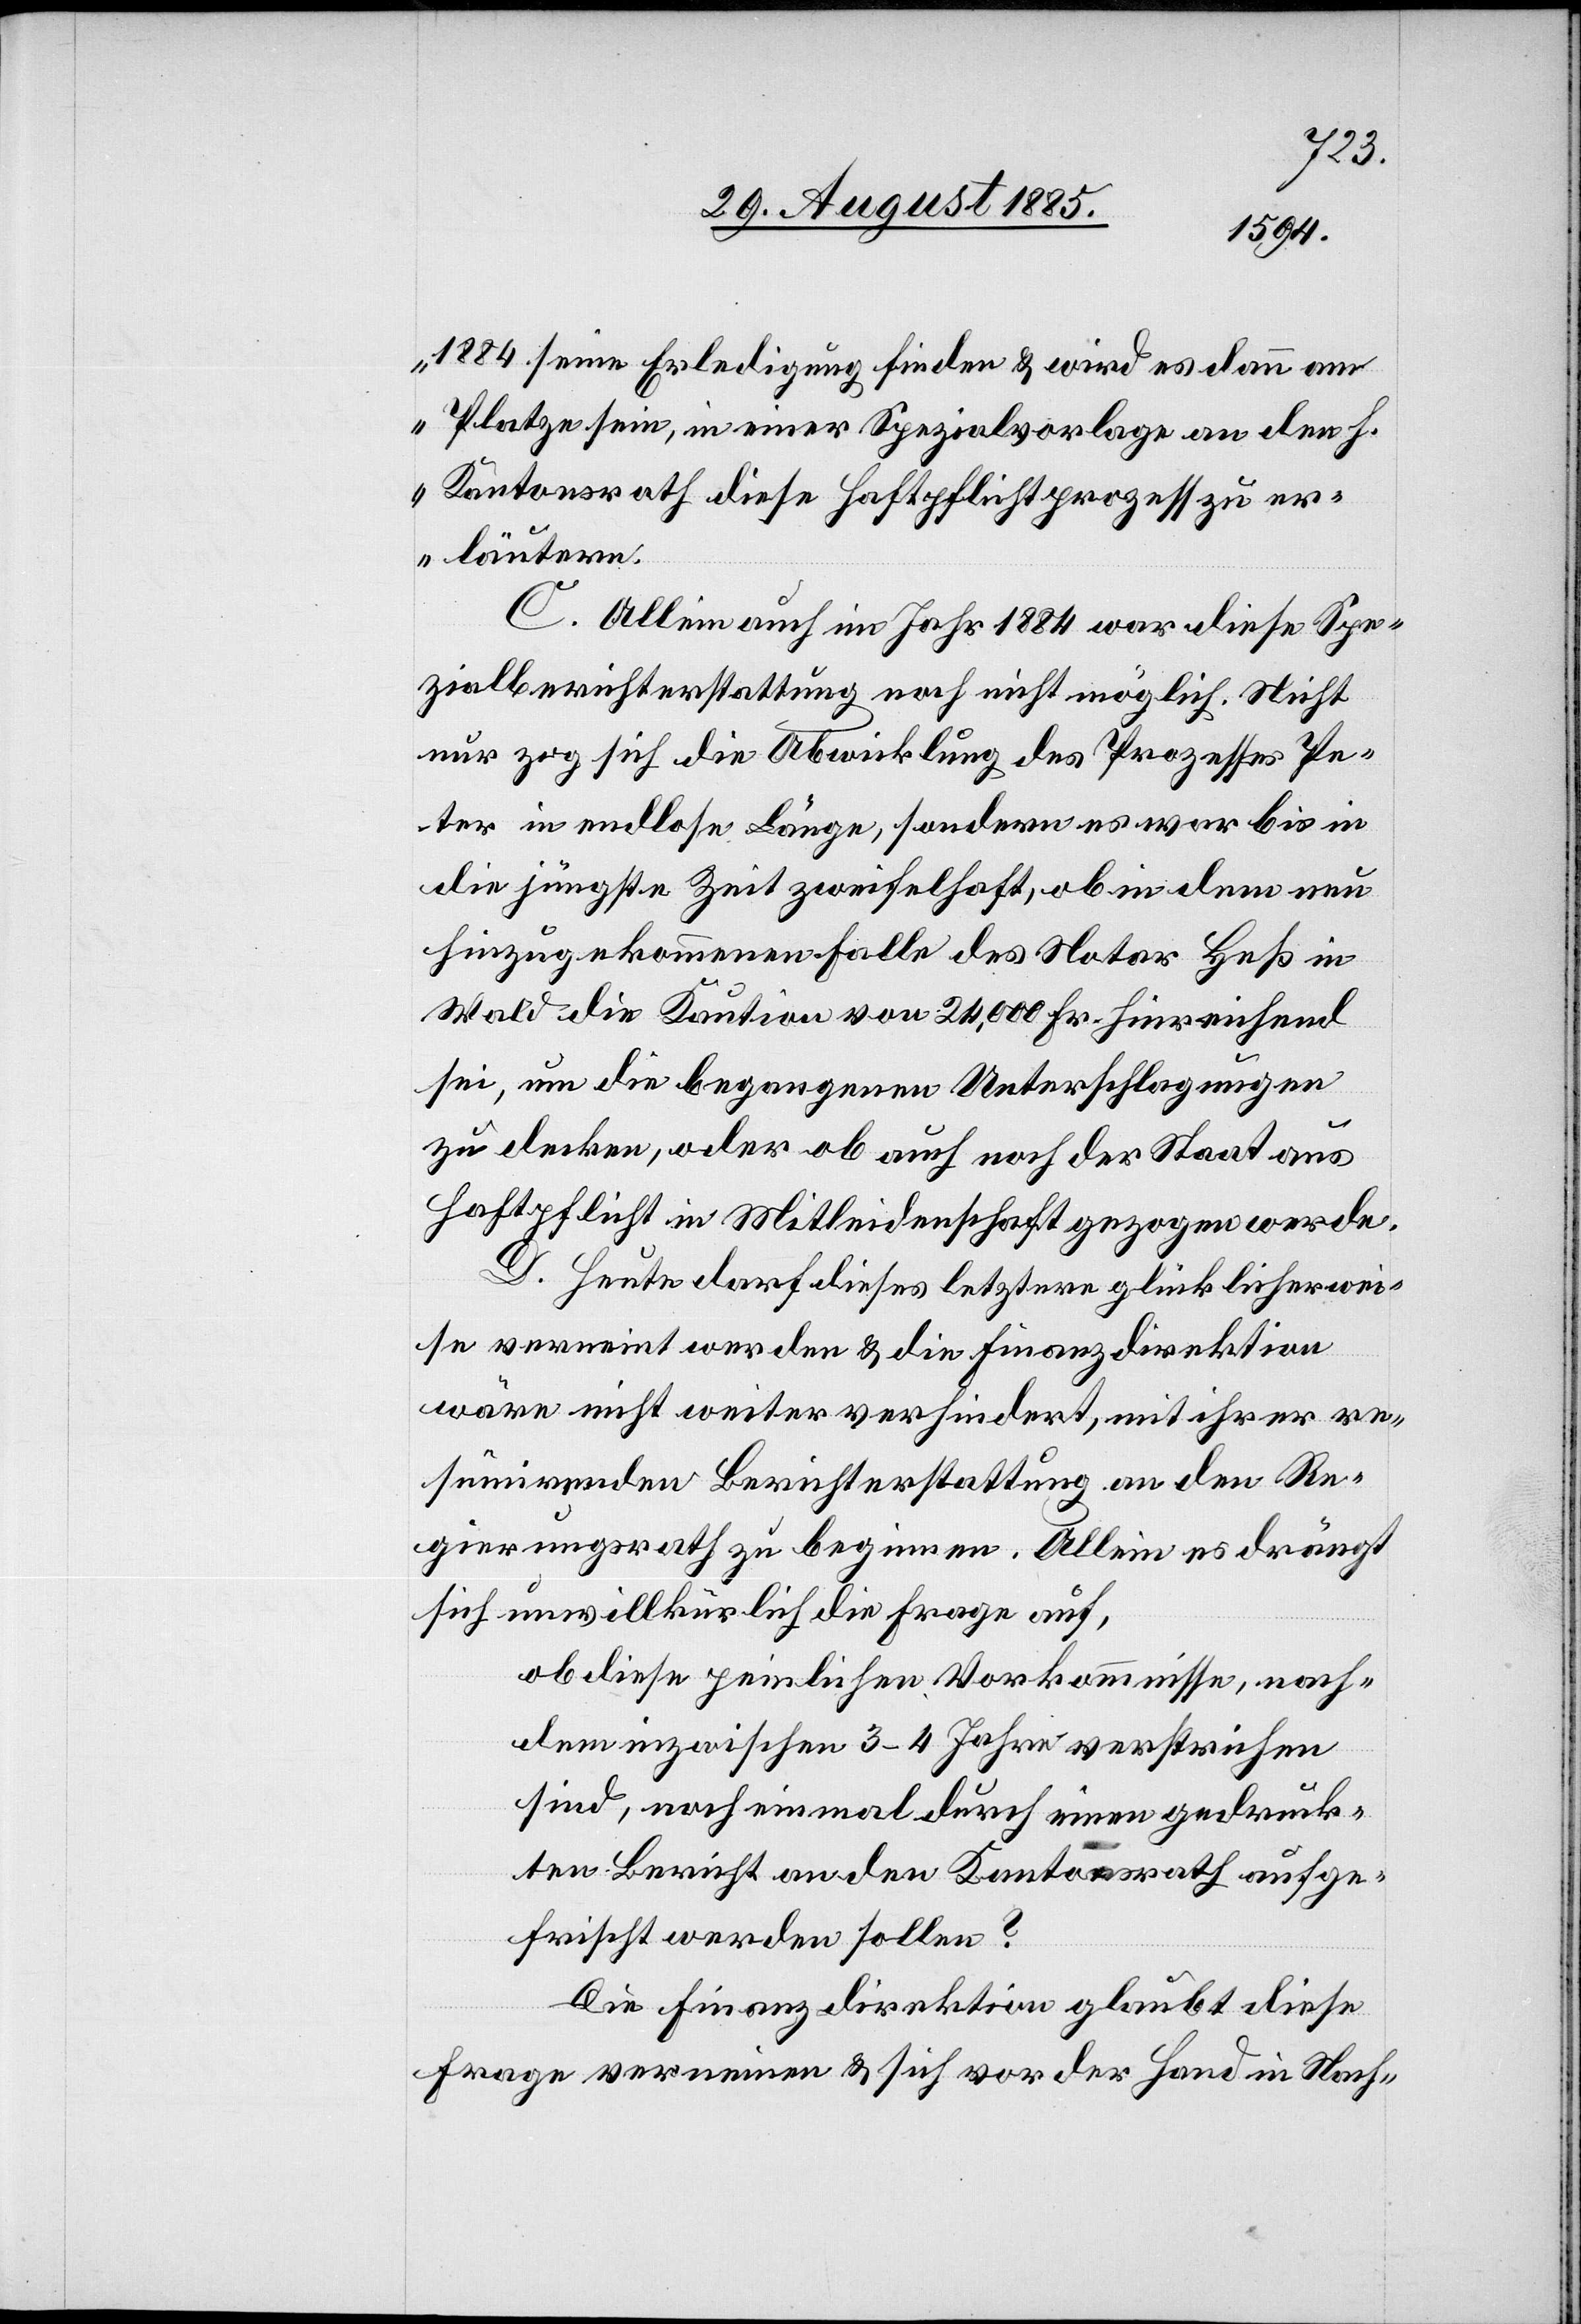
1884 seine Erledigung finden & wird es dann am
Platze sein, in einer Spezialvorlage an den h.
Kantonsrath diese Haftpflichtprozess[e] zu er¬
läutern.“
C. Allein auch im Jahr 1884 war diese Spe¬
zialberichterstattung noch nicht möglich. Nicht
nur zog sich die Abwicklung des Prozesses Pe¬
ter in endlose Länge, sondern es war bis in
die jüngste Zeit zweifelhaft, ob in dem neu
hinzugekommenen Falle des Notar Heß in
Wald die Kaution von 24,000 Fr. hinreichend
sei, um die begangenen Unterschlagungen
zu decken, oder ob auch noch der Staat aus
Haftpflicht in Mitleidenschaft gezogen werde.
D. Heute darf dieses letztere glücklicherwei¬
se verneint werden & die Finanzdirektion
wäre nicht weiter verhindert, mit ihrer re¬
sümirenden Berichterstattung an den Re¬
gierungsrath zu beginnen. Allein es drängt
sich unwillkürlich die Frage auf,
ob diese peinlichen Vorkommnisse, nach¬
dem inzwischen 3–4 Jahre verstrichen
sind, noch einmal durch einen gedruck¬
ten Bericht an den Kantonsrath aufge¬
frischt werden sollen?
Die Finanzdirektion glaubt diese
Frage verneinen & sich vor der Hand in Nach-